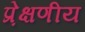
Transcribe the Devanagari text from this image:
प्रे़क्षणीय